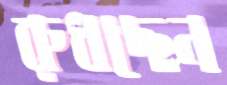
রুধছেন